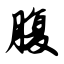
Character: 腹